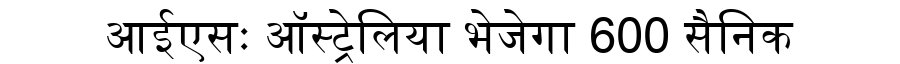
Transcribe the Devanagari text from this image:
आईएसः ऑस्ट्रेलिया भेजेगा 600 सैनिक